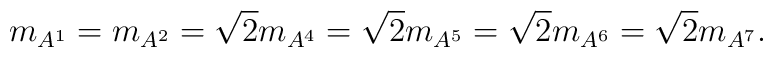
m_{A^1}=m_{A^2}=\sqrt{2}m_{A^4}=\sqrt{2}m_{A^5}=\sqrt{2}m_{A^6}=\sqrt{2}m_{A^7}.